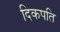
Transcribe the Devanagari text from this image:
दिकपति